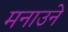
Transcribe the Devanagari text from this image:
मनाउने